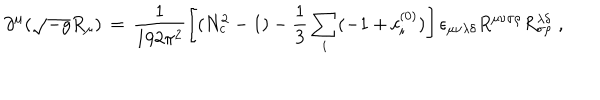
\partial ^ { \mu } ( \sqrt { - g } R _ { \mu } ) \, = \, \frac { 1 } { 1 9 2 \pi ^ { 2 } } \left[ ( N _ { c } ^ { 2 } - 1 ) - \frac { 1 } { 3 } \sum _ { i } ( - 1 + c _ { i } ^ { ( 0 ) } ) \right] \epsilon _ { \mu \nu \lambda \delta } R ^ { \mu \nu \sigma \rho } R _ { \sigma \rho } ^ { \lambda \delta } \; ,